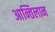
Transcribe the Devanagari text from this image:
आन्तिलान